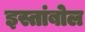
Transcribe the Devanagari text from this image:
इस्तांबोल